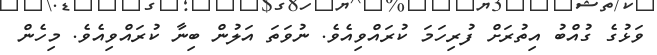
ވަޅުގެ ގުއްބު އިތުރަށް ފުރިހަމަ ކުރައްވިއެވެ. ނުވަތަ އަލުން ބިނާ ކުރައްވިއެވެ. މިހެން